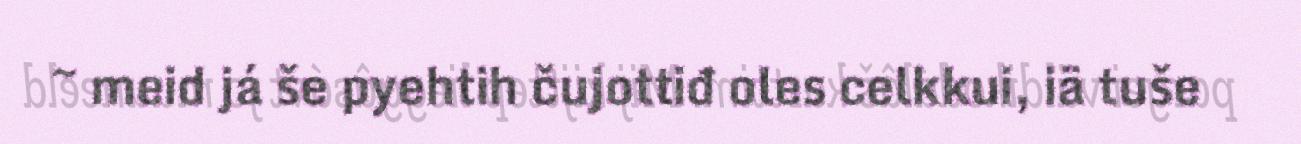
~ meid já še pyehtih čujottiđ oles celkkui, iä tuše